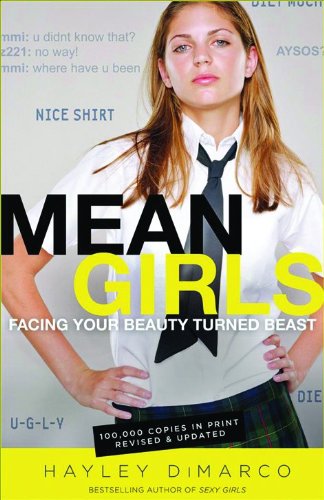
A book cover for Mean Girls: Facing Your Beauty Turned Beast; Hayley DiMarco; Christian Books & Bibles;